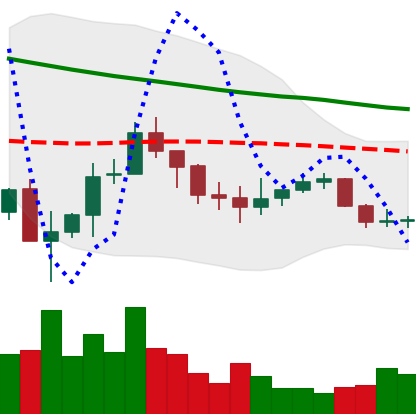
Ticker: ADA-USD
Chart end date: 2019-12-12
Forward return: -13.406%
Label: down_7plus